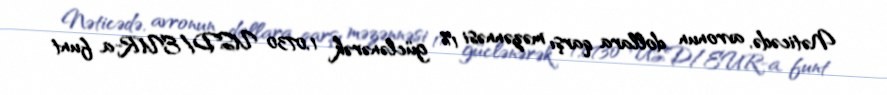
Nəticədə, avronun dollara qarşı məzənnəsi 1% güclənərək 1,0730 USD/EUR-a, funt